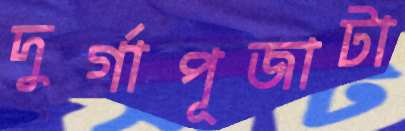
দুর্গাপূজাটা